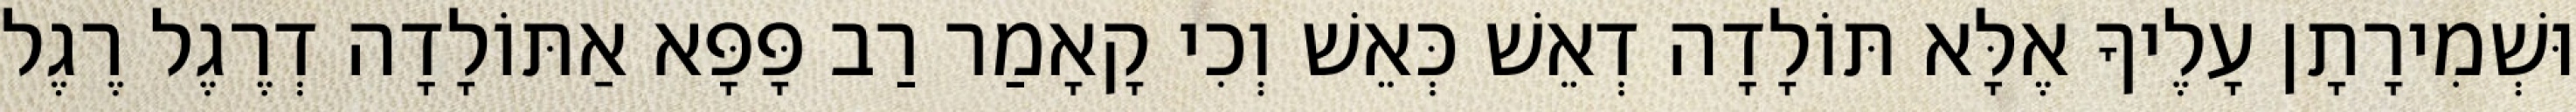
וּשְׁמִירָתָן עָלֶיךָ אֶלָּא תּוֹלָדָה דְאֵשׁ כְּאֵשׁ וְכִי קָאָמַר רַב פָּפָּא אַתּוֹלָדָה דְרֶגֶל רֶגֶל